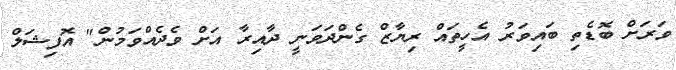
ވަރަށް ބޮޑެތި ބައިވަރު އެހީތައް ރިޔާޒް ގެންދަވަނީ ދާއިރާ އަށް ވެދެއްވަމުން" އޮފިޝަލް